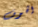
الخوف